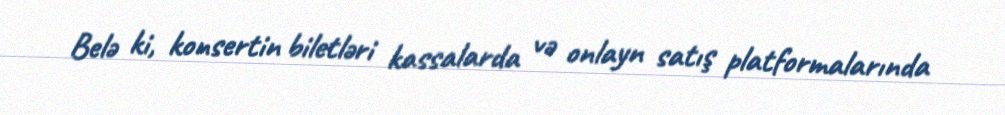
Belə ki, konsertin biletləri kassalarda və onlayn satış platformalarında